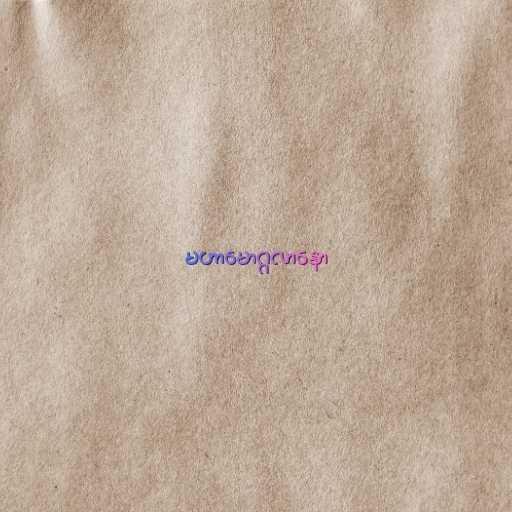
မဟာမောဂ္ဂလာနော